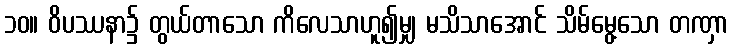
၁၀။ ဝိပဿနာ၌ တွယ်တာသော ကိလေသာဟူ၍မျှ မသိသာအောင် သိမ်မွေ့သော တဏှာ